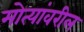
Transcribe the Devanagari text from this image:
मोत्यांवरील